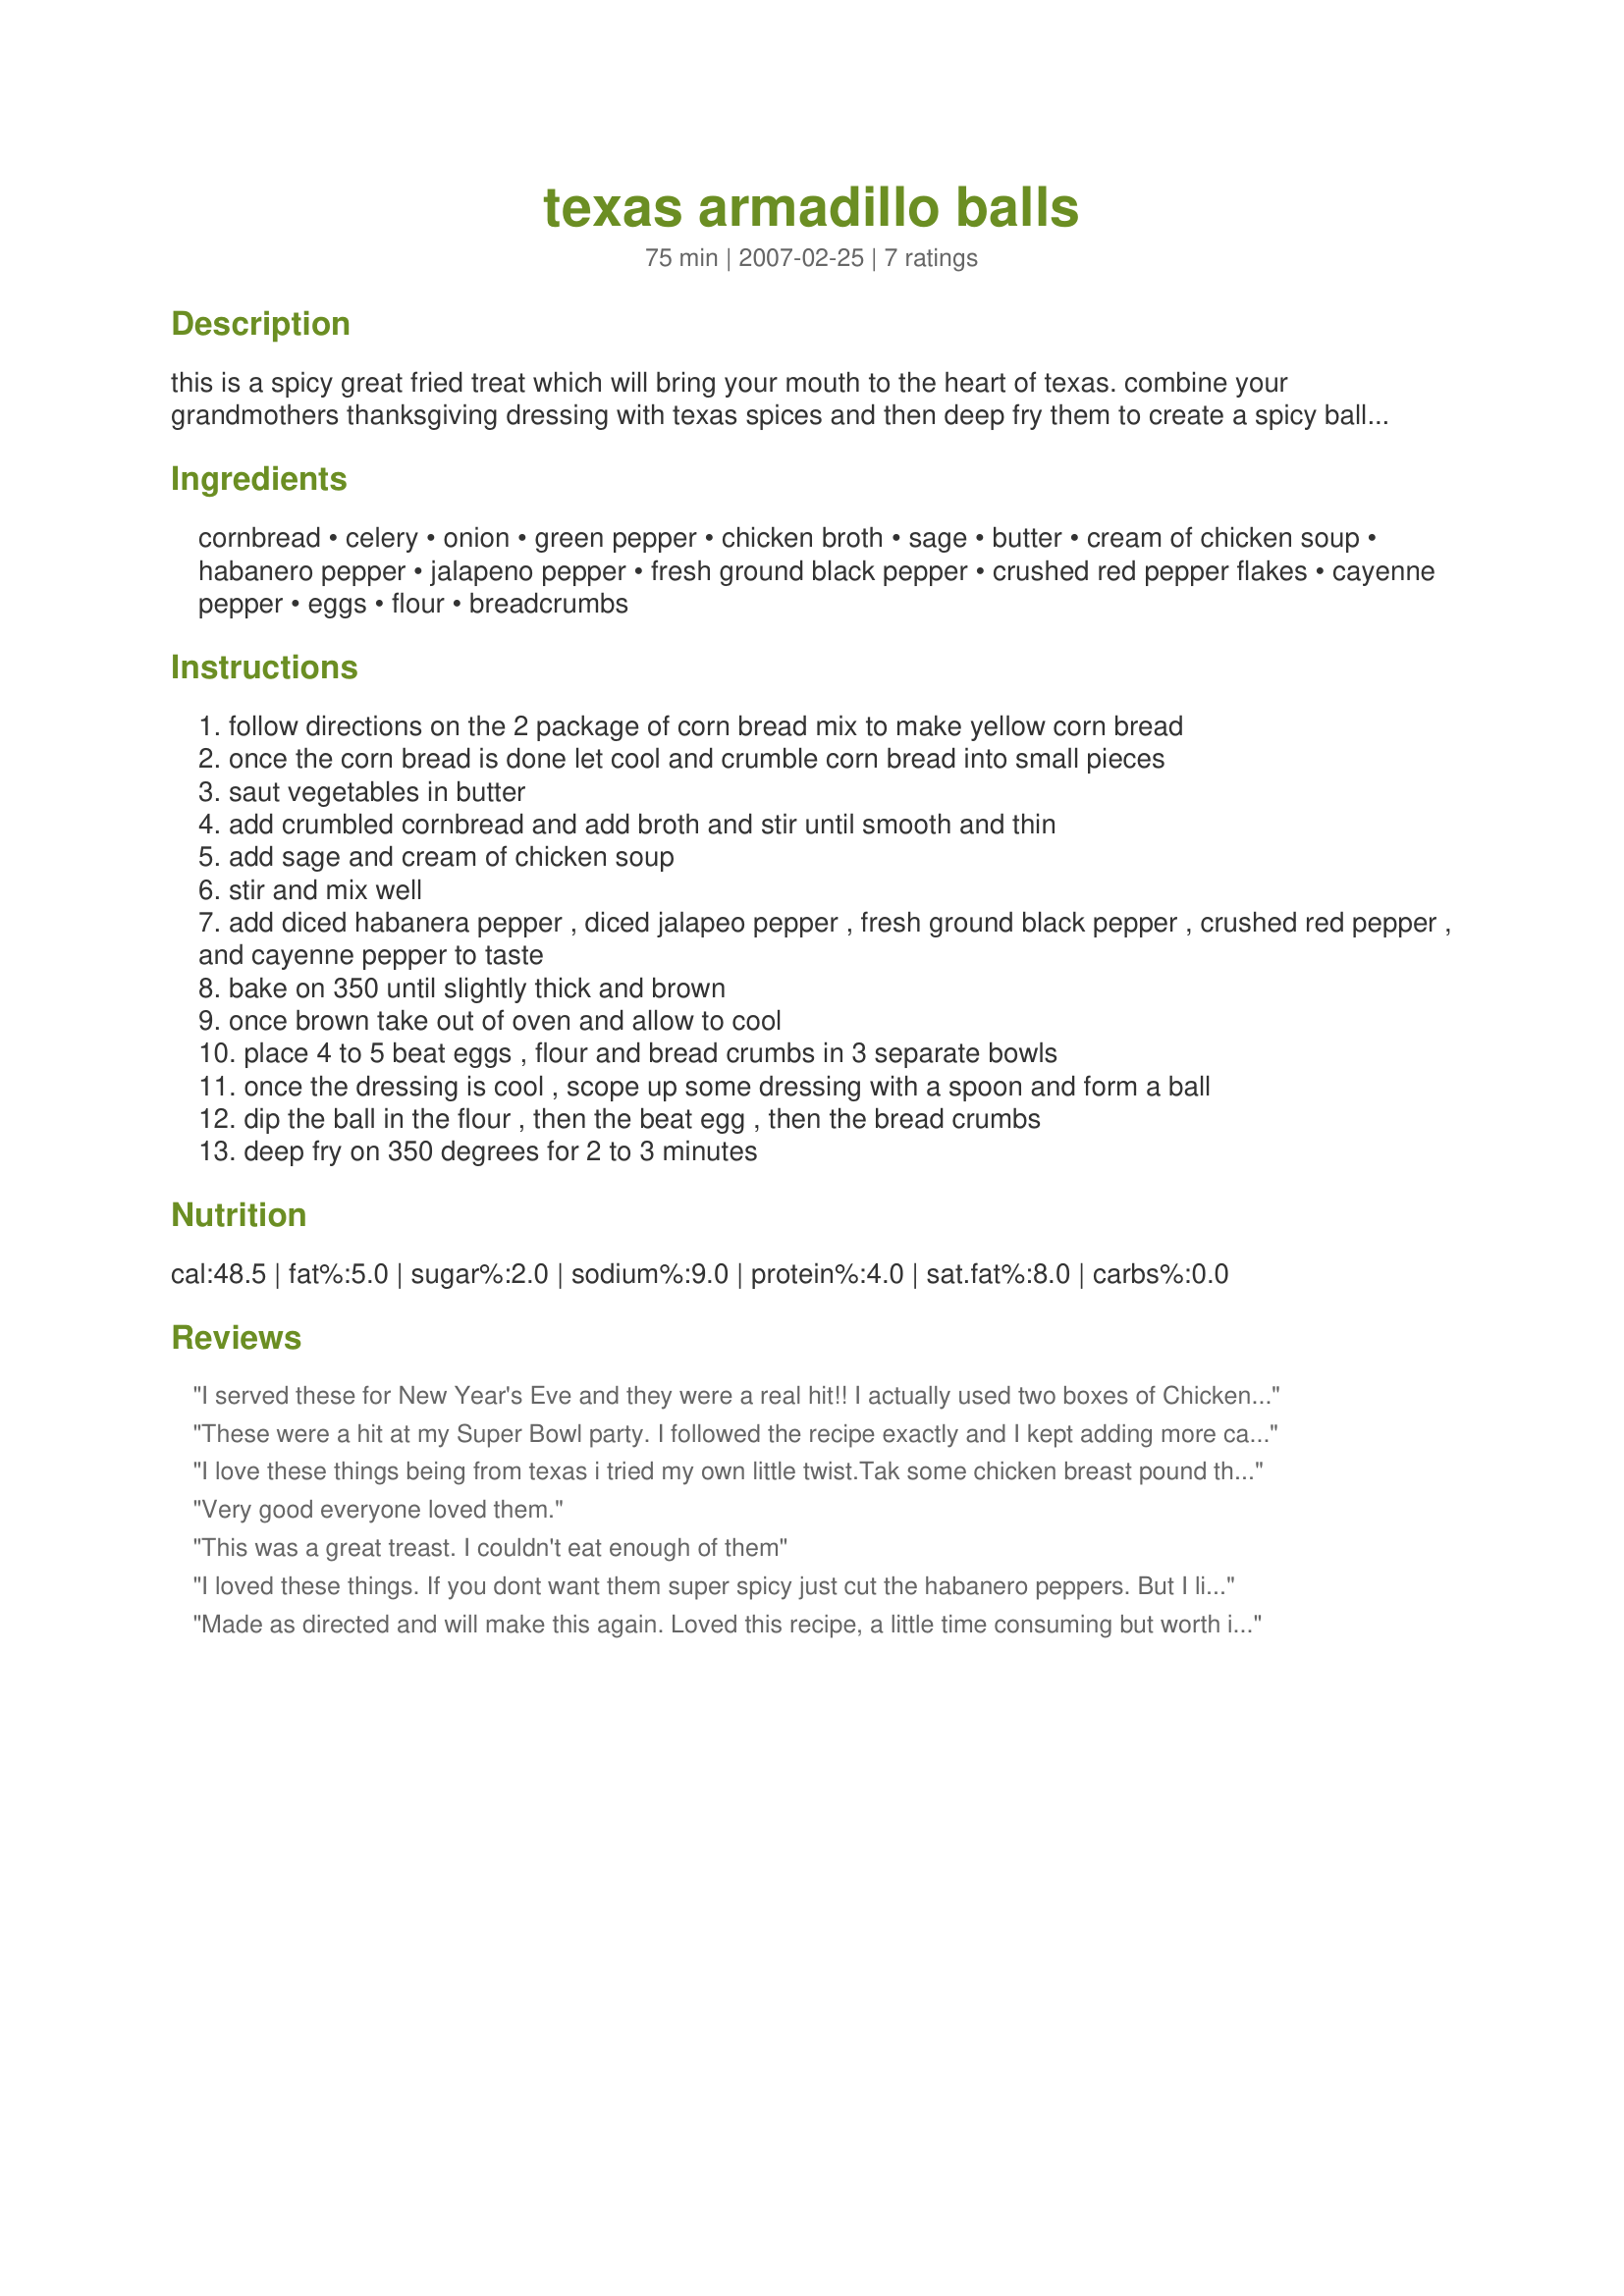
texas armadillo balls
Preparation time: 75 minutes

this is a spicy great fried treat which will bring your mouth to the heart of texas. combine your grandmothers thanksgiving dressing with texas spices and then deep fry them to create a spicy ball with a dry crust exterior and a warm moist interior.

Ingredients:
cornbread, celery, onion, green pepper, chicken broth, sage, butter, cream of chicken soup, habanero pepper, jalapeno pepper, fresh ground black pepper, crushed red pepper flakes, cayenne pepper, eggs, flour, breadcrumbs

Steps:
follow directions on the 2 package of corn bread mix to make yellow corn bread
once the corn bread is done let cool and crumble corn bread into small pieces
saut vegetables in butter
add crumbled cornbread and add broth and stir until smooth and thin
add sage and cream of chicken soup
stir and mix well
add diced habanera pepper , diced jalapeo pepper , fresh ground black pepper , crushed red pepper , and cayenne pepper to taste
bake on 350 until slightly thick and brown
once brown take out of oven and allow to cool
place 4 to 5 beat eggs , flour and bread crumbs in 3 separate bowls
once the dressing is cool , scope up some dressing with a spoon and form a ball
dip the ball in the flour , then the beat egg , then the bread crumbs
deep fry on 350 degrees for 2 to 3 minutes

Reviews:
I served these for New Year's Eve and they were a real hit!! I actually used two boxes of Chicken Stove Top according to directions, thus omitting the sage, unless you want more, and speeding up the process. Instead of using green peppers,habaneros and jalapeno, I used diced green chile peppers, ground cayenne pepper and red pepper flakes; adjusting the heat to your liking. Adding the cream of chicken soup gave it extra moistness that I liked inside the crispy outside. Used southwestern ranch dressing as a dipping sauce - Fantastic!!
These were a hit at my Super Bowl party. I followed the recipe exactly and I kept adding more cayenne and crushed red pepper as it was cooking, just like you do. :) I'm not a Texan, but I sure do like the heat!
I love these things being from texas i tried my own little twist.<br/><br/>Tak some chicken breast pound them flat put a few jalapeno slices in with a cube of cheese, whatever kind you like, start at one end and roll it up, wrap it with 2 or 3 slices of bacon put a toothpick thru it and drop it in the deep fryer or go further and after you wrap it roll it in some flour and deep fry it that way
Very good everyone loved them.
This was a great treast. I couldn't eat enough of them
I loved these things. If you dont want them super spicy just cut the habanero peppers. But I like it spicy! These were great!!!
Made as directed and will make this again. Loved this recipe, a little time consuming but worth it. Thanks for sharing.
Melody
